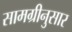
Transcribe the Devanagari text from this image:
सामग्रीनुसार